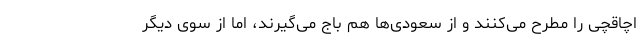
اچاقچی را مطرح می‌کنند و از سعودی‌ها هم باج می‌گیرند، اما از سوی دیگر